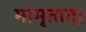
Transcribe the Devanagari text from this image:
मामृतात्‌।